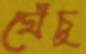
ঘেঁচু